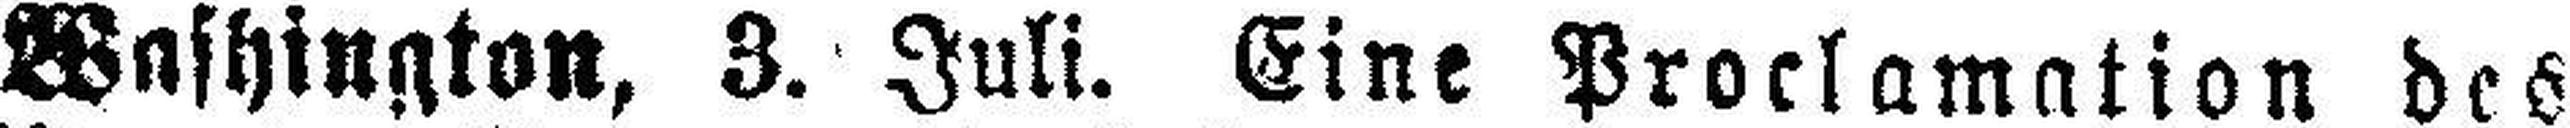
Washington, 3. Juli. Eine Proclamation des